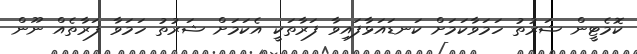
ކޮމެޓީން ޝަރުތު ހަމަވާކަމަށް ކަނޑައަޅާފައިވާ ފަރާތަކީ އެކަމަށް ޝަރުތު ހަމަވާ ފަރާތެއް ނޫން